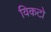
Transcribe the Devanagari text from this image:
विकटो